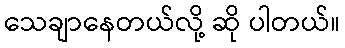
သေချာနေတယ်လို့ ဆို ပါတယ်။